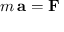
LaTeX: \displaystyle m \, \mathbf { a } = \mathbf { F }